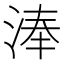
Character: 淎